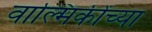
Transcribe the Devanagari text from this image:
वाल्मिकींच्या